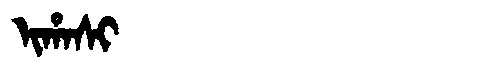
Manchu: ᡳᡥᠠᠰᡳ
Romanization: IHASI